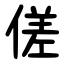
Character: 傞